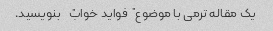
یک مقاله ترمی با موضوع "فواید خواب" بنویسید.